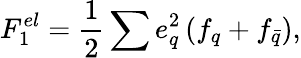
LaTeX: F_{1}^{el}=\frac{1}{2}\sum{e_{q}^{2}}\left(f_{q}+f_{\bar{q}}\right),